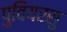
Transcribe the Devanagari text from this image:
पुवियरसु